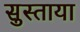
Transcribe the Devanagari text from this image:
सुस्ताया